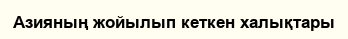
Азияның жойылып кеткен халықтары